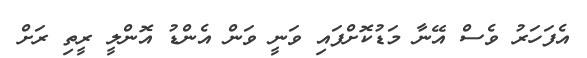
އެފަހަރު ވެސް އޭނާ މަޑުކޮށްފައި ވަނީ ވަން އެންޑު އޮންލީ ރީތި ރަށް